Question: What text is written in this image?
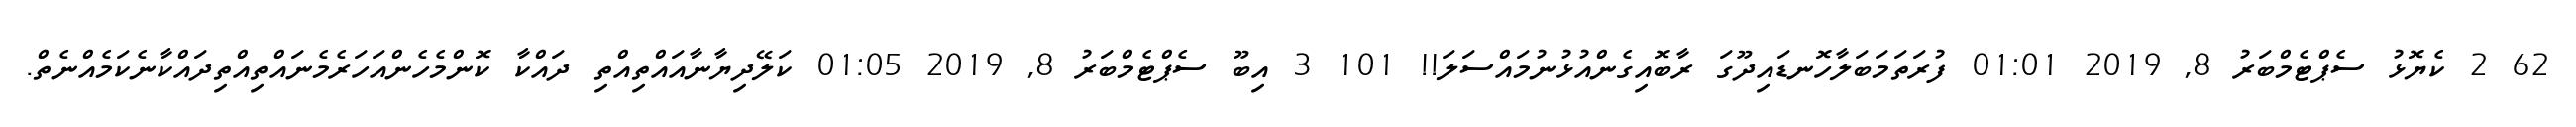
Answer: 62 2 ކެޔޮޅު ސެޕްޓެމްބަރު 8, 2019 01:01 ފުރަތަމަބަލާހޮނޑައިދޫގަ ރާބޮއިގެންއުޅުނުމައްސަލަ!! 101 3 އިބޫ ސެޕްޓެމްބަރު 8, 2019 01:05 ކަލޭދިޔާނާއައްތިއްތި ދައްކާ ކޮންމެހެންއަހަރެމެނައްތިއްތިދައްކާނެކަމެއްނެތް.